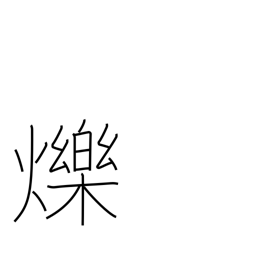
Meaning: shine